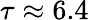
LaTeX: \tau\approx 6.4